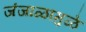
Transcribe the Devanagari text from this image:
जंजाळामुळे